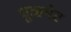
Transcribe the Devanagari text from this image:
धूळभेट